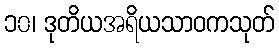
၁၀၊ ဒုတိယအရိယသာဝကသုတ်